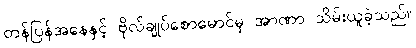
တန်ပြန်အနေနှင့် ဗိုလ်ချုပ်စောမောင်မှ အာဏာ သိမ်းယူခဲ့သည်။